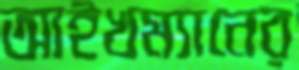
আইখম্যানের